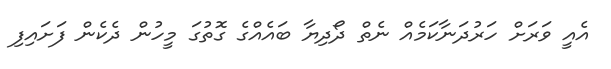
އެއީ ވަރަށް ހަރުދަނާކަމެއް ނެތް ދޯދިޔާ ބައެއްގެ ގޮތުގަ މީހުން ދެކެން ފަށައިފި